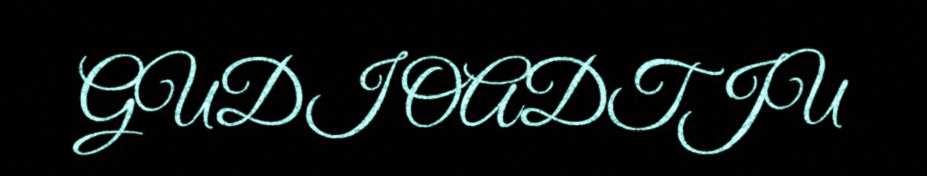
GUDI OADTJU